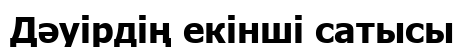
Дәуірдің екінші сатысы